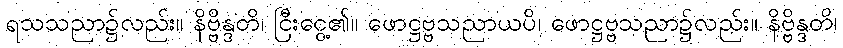
ရသသညာ၌လည်း။ နိဗ္ဗိန္ဒတိ၊ ငြီးငွေ့၏။ ဖောဋ္ဌဗ္ဗသညာယပိ၊ ဖောဋ္ဌဗ္ဗသညာ၌လည်း။ နိဗ္ဗိန္ဒတိ၊